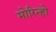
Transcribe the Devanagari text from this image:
मोरिन्हो